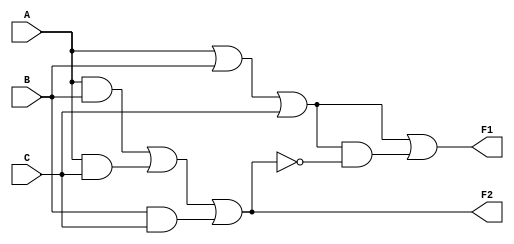
module Simple_Circuit(A,B,C,F1,F2);

input A,B,C;
output F1,F2;
wire T1,T2,T3,E1,E2,E3,L;

and G1(T2,A,B,C);
or G2(T1,A,B,C);

and G3(E1,A,B);
and G4(E2,A,C);
and G5(E3,B,C);

or G6(F2,E1,E2,E3);
not G7(L,F2);
and G8(T3,T1,L);

or G9(F1,T1,T3);

endmodule